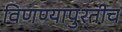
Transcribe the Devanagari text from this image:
विणण्यापुरतीच